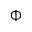
\Phi